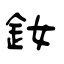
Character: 釹